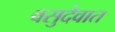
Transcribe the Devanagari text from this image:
वसुदेवात